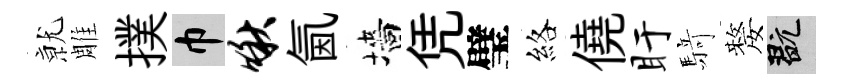
𭕒雕撲巾啾氤墻凭璧絡僥盱𮪍嫠玩